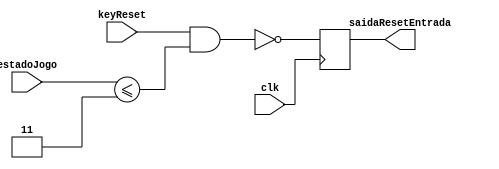
module ResetaEntrada(
	input wire clk,
	input wire keyReset, 
	input wire [2:0] estadoJogo,
	output reg saidaResetEntrada
);

	localparam [2:0] recebeLinha = 3'b000, 
	                 recebeColuna = 3'b001, 
						  verificaPos = 3'b010,
						  recebeValor = 3'b011, 
						  verificaJogo = 3'b100,
						  fimJogo = 3'b101;

	always@ (posedge clk) begin
	
		saidaResetEntrada <= !(keyReset && (estadoJogo <= recebeValor));
	
	end
						  
endmodule